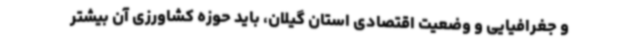
و جغرافیایی و وضعیت اقتصادی استان گیلان، باید حوزه کشاورزی آن بیشتر